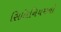
સિલિનિયમનો